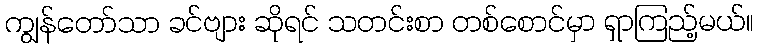
ကျွန်တော်သာ ခင်ဗျား ဆိုရင် သတင်းစာ တစ်စောင်မှာ ရှာကြည့်မယ်။